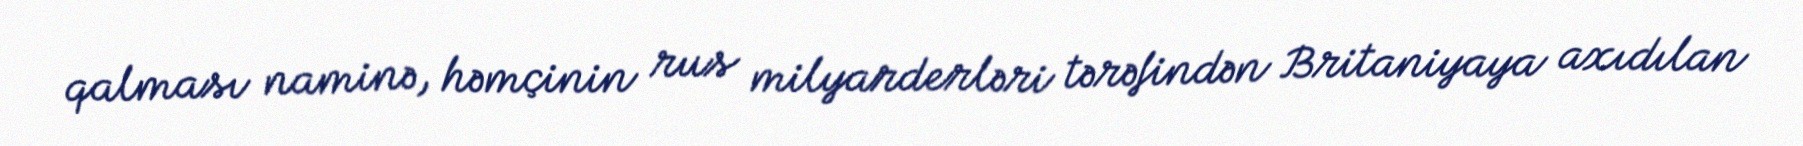
qalması naminə, həmçinin rus milyarderləri tərəfindən Britaniyaya axıdılan